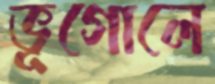
ভূগোলে